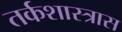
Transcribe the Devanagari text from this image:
तर्कशास्त्रास